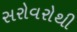
સરોવરોથી